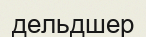
дельдшер